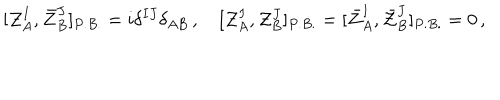
LaTeX: [ { \cal Z } _ { A } ^ { I } , \bar { \cal Z } _ { B } ^ { J } ] _ { P . B . } = i \delta ^ { I J } \delta _ { A B } \, , \quad [ { \cal Z } _ { A } ^ { I } , { \cal Z } _ { B } ^ { J } ] _ { P . B . } = [ \bar { \cal Z } _ { A } ^ { I } , \bar { \cal Z } _ { B } ^ { J } ] _ { P . B . } = 0 \, ,